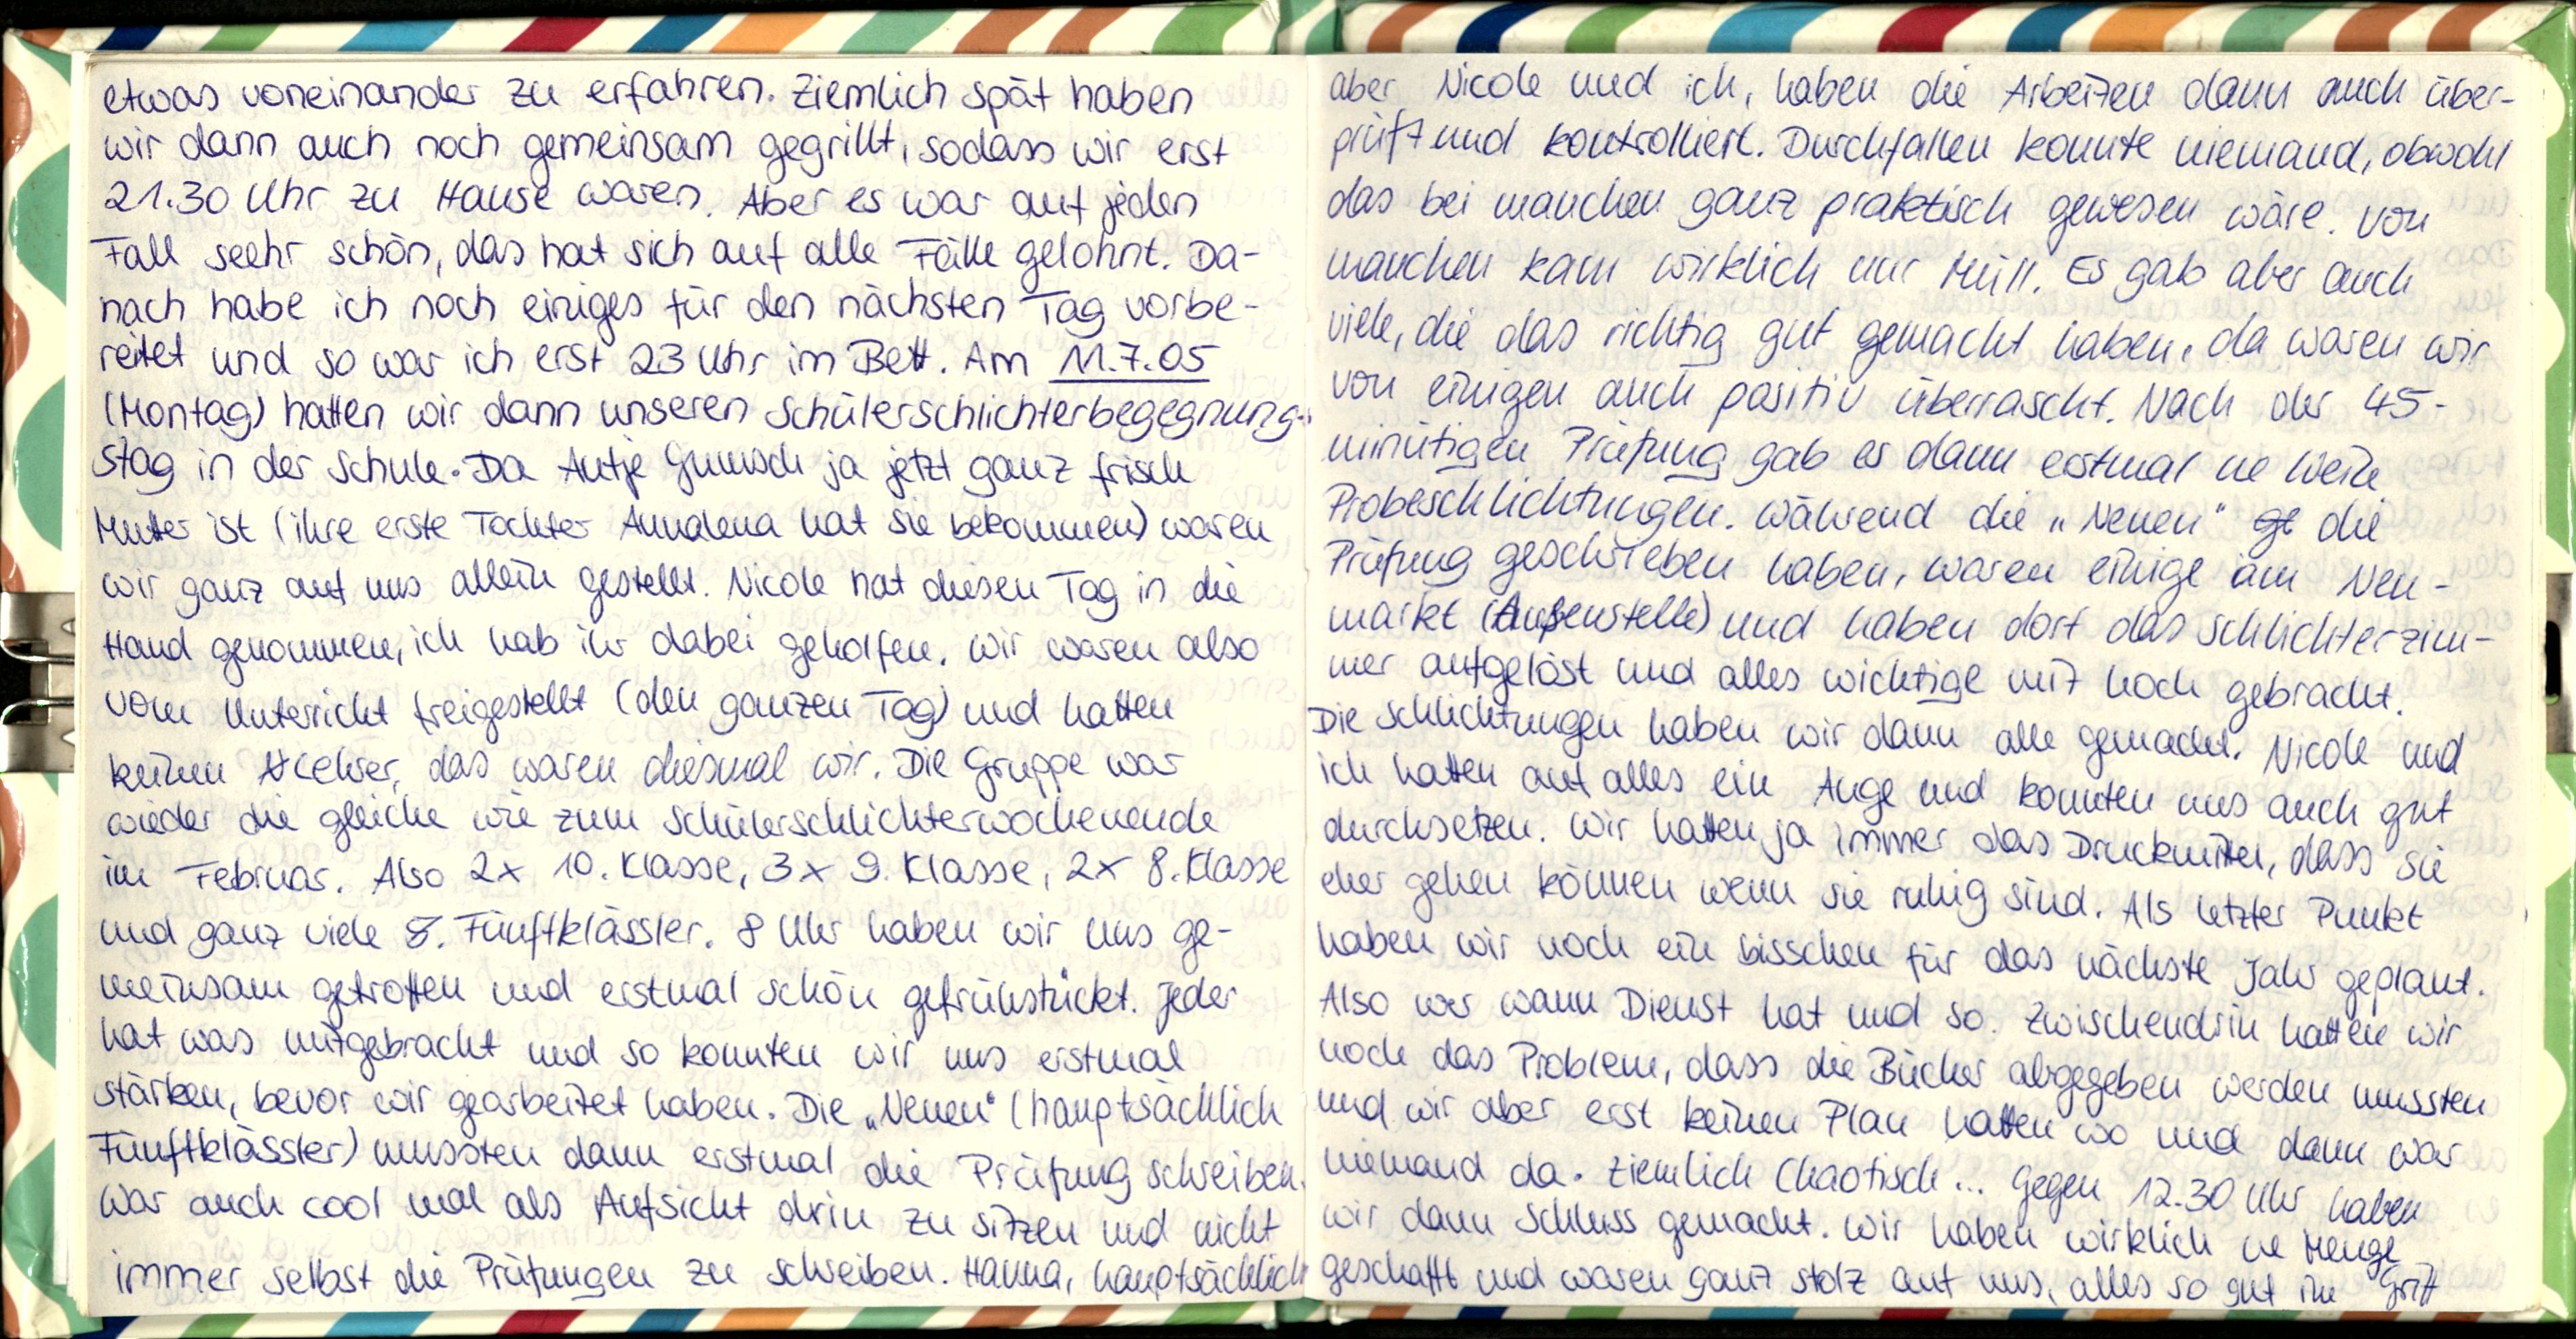
etwas voneinander zu erfahren. Ziemlich spät haben
wir dann auch noch gemeinsam gegrillt, sodass wir erst
21.30 Uhr zu Hause waren. Aber es war auf jeden
Fall sehr schön, das hat sich auf alle Fälle gelohnt. Da-
nach habe ich noch einiges für den nächsten Tag vorbe-
reitet und so war ich erst 23 Uhr im Bett. Am 11.7.05
(Montag) hatten wir dann unseren Schülerschlichterbegegnung-
stag in der Schule. Da Antje Gumsch ja jetzt ganz frisch
Mutter ist (ihre erste Tochter Annalena hat sie bekommen) waren
wir ganz auf uns allein gestellt. Nicole hat diesen Tag in die
Hand genommen, ich hab ihr dabei geholfen. Wir waren also
vom Unterricht freigestellt (den ganzen Tag) und hatten
keinen Lehrer, das waren diesmal wir. Die Gruppe war
wieder die gleiche wie zum Schülerschlichterwochenende
im Februar. Also 2x 10. Klasse, 3x 9. Klasse, 2x8. Klasse
und ganz viele Fünftklässler. 8 Uhr haben wir uns ge-
meinsam getroffen und erstmal schön gefrühstückt. Jeder
hat was mitgebracht und so konnten wir uns erstmal
stärken, bevor wir gearbeitet haben. Die „Neuen" (hauptsächlich
Fünftklässtler) mussten dann erstmal die Prüfung schreiben.
war auch cool mal als Aufsicht drin zu sitzen und nicht
immer selbst die Prüfungen zu schreiben. Hanna, hauptsächlich

aber Nicole und ich, haben die Arbeiten dann auch über-
prüft und kontrolliert. Durchfallen konnte niemand, obwoll
das bei manchen ganz praktisch gewesen wäre. Von
manchen kam wirklich nur Müll. Es gab aber auch
viele, die das richtig gut gelacht haben, da waren wir
von einigen auch pasitiv überrascht. Nach der 45-
minütigen Prüfung gab es dann erstmal ne Weile
Probeschlichtungen. Während die „Neuen" die
Prüfung geschrieben haben, waren einige am Neu-
markt (Außenstelle) und haben dort das Schlichterzim-
mer aufgelöst und alles wichtige mit hoch gebracht.
Die Schlichtungen haben wir dann alle gemacht. Nicole und
ich hatten auf alles ein Auge und konnten uns auch gut
durchsetzen. Wir hatten ja immer das Druckmittel, dass sie
eher gehen können wenn sie ruhig sind. Als letzter Punkt
haben wir noch ein bisschen für das nächste Jahr geplant.
Also wer wann Dienst hat und so. Zwischendrin hatten wir
noch das Problem, dass die Bücher abgegeben werden mussten
und wir aber erst keinen Plan hatten wo und dann war
niemand da. Ziemlich Chaotisch... Gegen 12.30 Uhr haben
wir dann Schluss gemacht. Wir haben wirklich ne Menge
geschafft und waren ganz stolz auf uns, alles so gut im Griff